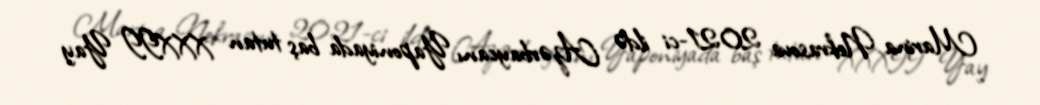
Marina Nekrasova 2021-ci ildə Azərbaycanı Yaponiyada baş tutan XXXII Yay